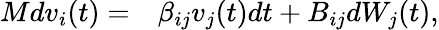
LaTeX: \begin{array}{rl}{Mdv_{i}(t)=}&{{}\beta_{ij}v_{j}(t)dt+B_{ij}dW_{j}(t),}\end{array}